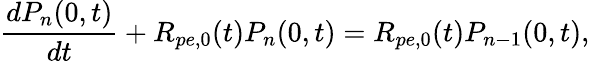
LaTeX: \frac{dP_{n}(0,t)}{dt}+R_{pe,0}(t)P_{n}(0,t)=R_{pe,0}(t)P_{n-1}(0,t),